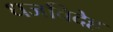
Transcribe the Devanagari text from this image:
धजविदेह